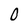
Character: 0